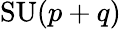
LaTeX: \mathrm{SU}(p+q)